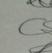
Signature authenticity: genuine